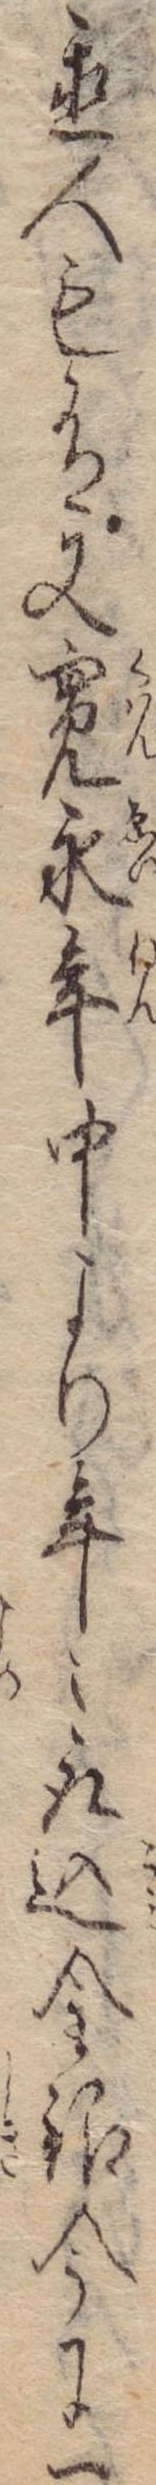
置人も有又寛永年中より年々取込金銀今に一